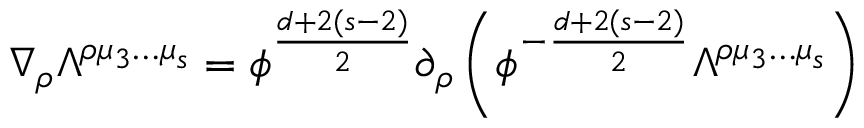
\nabla _ { \rho } \Lambda ^ { \rho \mu _ { 3 } \ldots \mu _ { s } } = \phi ^ { \frac { d + 2 ( s - 2 ) } { 2 } } \partial _ { \rho } \left( \phi ^ { - { \frac { d + 2 ( s - 2 ) } { 2 } } } \Lambda ^ { \rho \mu _ { 3 } \ldots \mu _ { s } } \right)